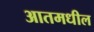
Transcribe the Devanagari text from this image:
आतमधील